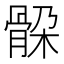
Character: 𲌎